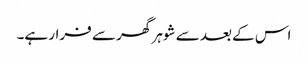
اس کے بعد سے شوہر گھر سے فرار ہے۔